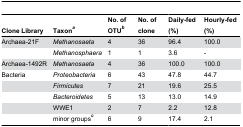
<table><thead><tr><td><b>Clone Library</b></td><td><b>Taxon<sup><i>a</i></sup></b></td><td><b>No. of OTU<sup><i>b</i></sup></b></td><td><b>No. of clone</b></td><td><b>Daily-fed (%)</b></td><td><b>Hourly-fed (%)</b></td></tr></thead><tbody><tr><td>Archaea-21F</td><td><i>Methanosaeta</i></td><td>4</td><td>36</td><td>96.4</td><td>100.0</td></tr><tr><td></td><td><i>Methanosphaera</i></td><td>1</td><td>1</td><td>3.6</td><td>-</td></tr><tr><td>Archaea-1492R</td><td><i>Methanosaeta</i></td><td>4</td><td>36</td><td>100.0</td><td>100.0</td></tr><tr><td>Bacteria</td><td><i>Proteobacteria</i></td><td>6</td><td>43</td><td>47.8</td><td>44.7</td></tr><tr><td></td><td><i>Firmicutes</i></td><td>7</td><td>21</td><td>19.6</td><td>25.5</td></tr><tr><td></td><td><i>Bacteroidetes</i></td><td>5</td><td>13</td><td>13.0</td><td>14.9</td></tr><tr><td></td><td>WWE1</td><td>2</td><td>7</td><td>2.2</td><td>12.8</td></tr><tr><td></td><td>minor groups<b><sup><i>c</i></sup></b></td><td>6</td><td>9</td><td>17.4</td><td>2.1</td></tr></tbody></table>